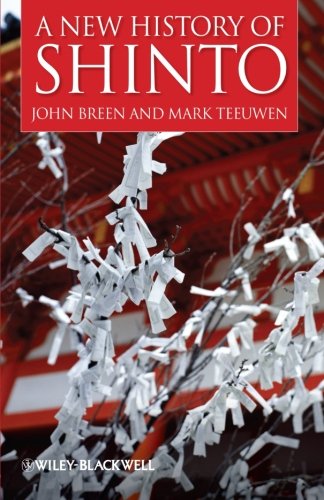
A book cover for A New History of Shinto; John Breen; Religion & Spirituality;